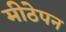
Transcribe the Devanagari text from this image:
मीठेपन